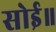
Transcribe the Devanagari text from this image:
सोई॥